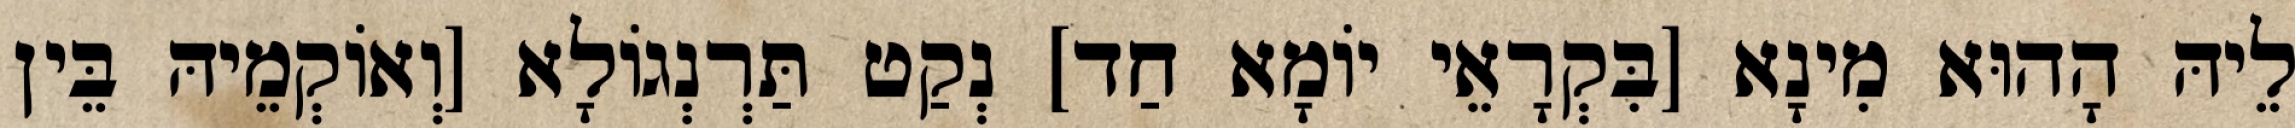
לֵיהּ הָהוּא מִינָא [בִּקְרָאֵי יוֹמָא חַד] נְקַט תַּרְנְגוֹלָא [וְאוֹקְמֵיהּ בֵּין